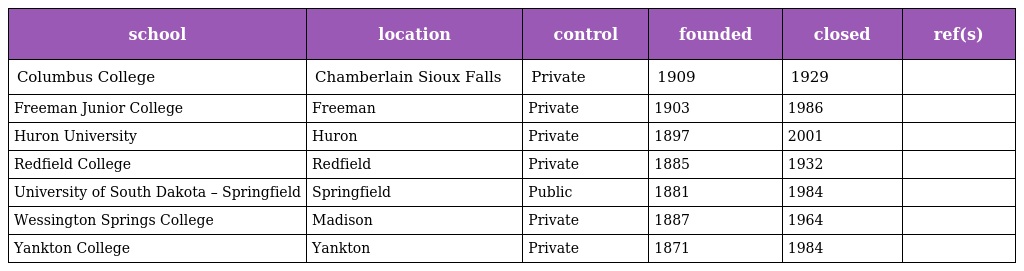
| school | location | control | founded | closed | ref(s) |
 | --- | --- | --- | --- | --- | --- |
 | Columbus College | Chamberlain Sioux Falls | Private | 1909 | 1929 |  |
 | Freeman Junior College | Freeman | Private | 1903 | 1986 |  |
 | Huron University | Huron | Private | 1897 | 2001 |  |
 | Redfield College | Redfield | Private | 1885 | 1932 |  |
 | University of South Dakota – Springfield | Springfield | Public | 1881 | 1984 |  |
 | Wessington Springs College | Madison | Private | 1887 | 1964 |  |
 | Yankton College | Yankton | Private | 1871 | 1984 |  |